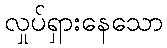
လှုပ်ရှားနေသော